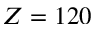
Z = 1 2 0